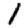
Digit: 1